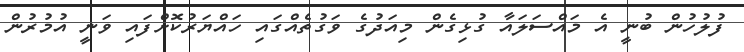
ފުލުހުން ބުނީ އެ މައްސަލައާ ގުޅިގެން މިއަދުގެ ވަގުތެއްގައި ހައްޔަރުކޮށްފައި ވަނީ އުމުރުން